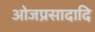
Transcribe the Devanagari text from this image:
ओजप्रसादादि